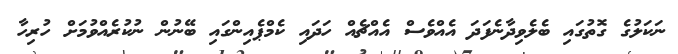
ނަކަލުގެ ގޮތުގައި ބެލެވިދާނެފަދަ އެއްވެސް އެއްޗެއް ހަދައި ކެމްޕެއިންގައި ބޭނުން ނުކުރެއްވުމަށް ހުރިހާ